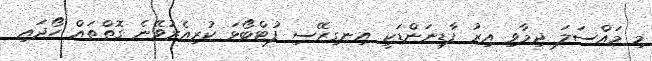
މި މައްސަލަ ދިމާވި އިރު ފާޑިނަންޑަކީ އިނގިރޭސި ފުޓްބޯޅަ ކުރިއެރުވޭނެ ގޮތްތައް ހޯދައި